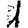
Digit: 1